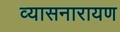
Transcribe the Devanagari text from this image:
व्यासनारायण